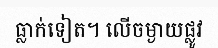
ធ្លាក់ទៀត។ លើចម្ងាយផ្លូវ